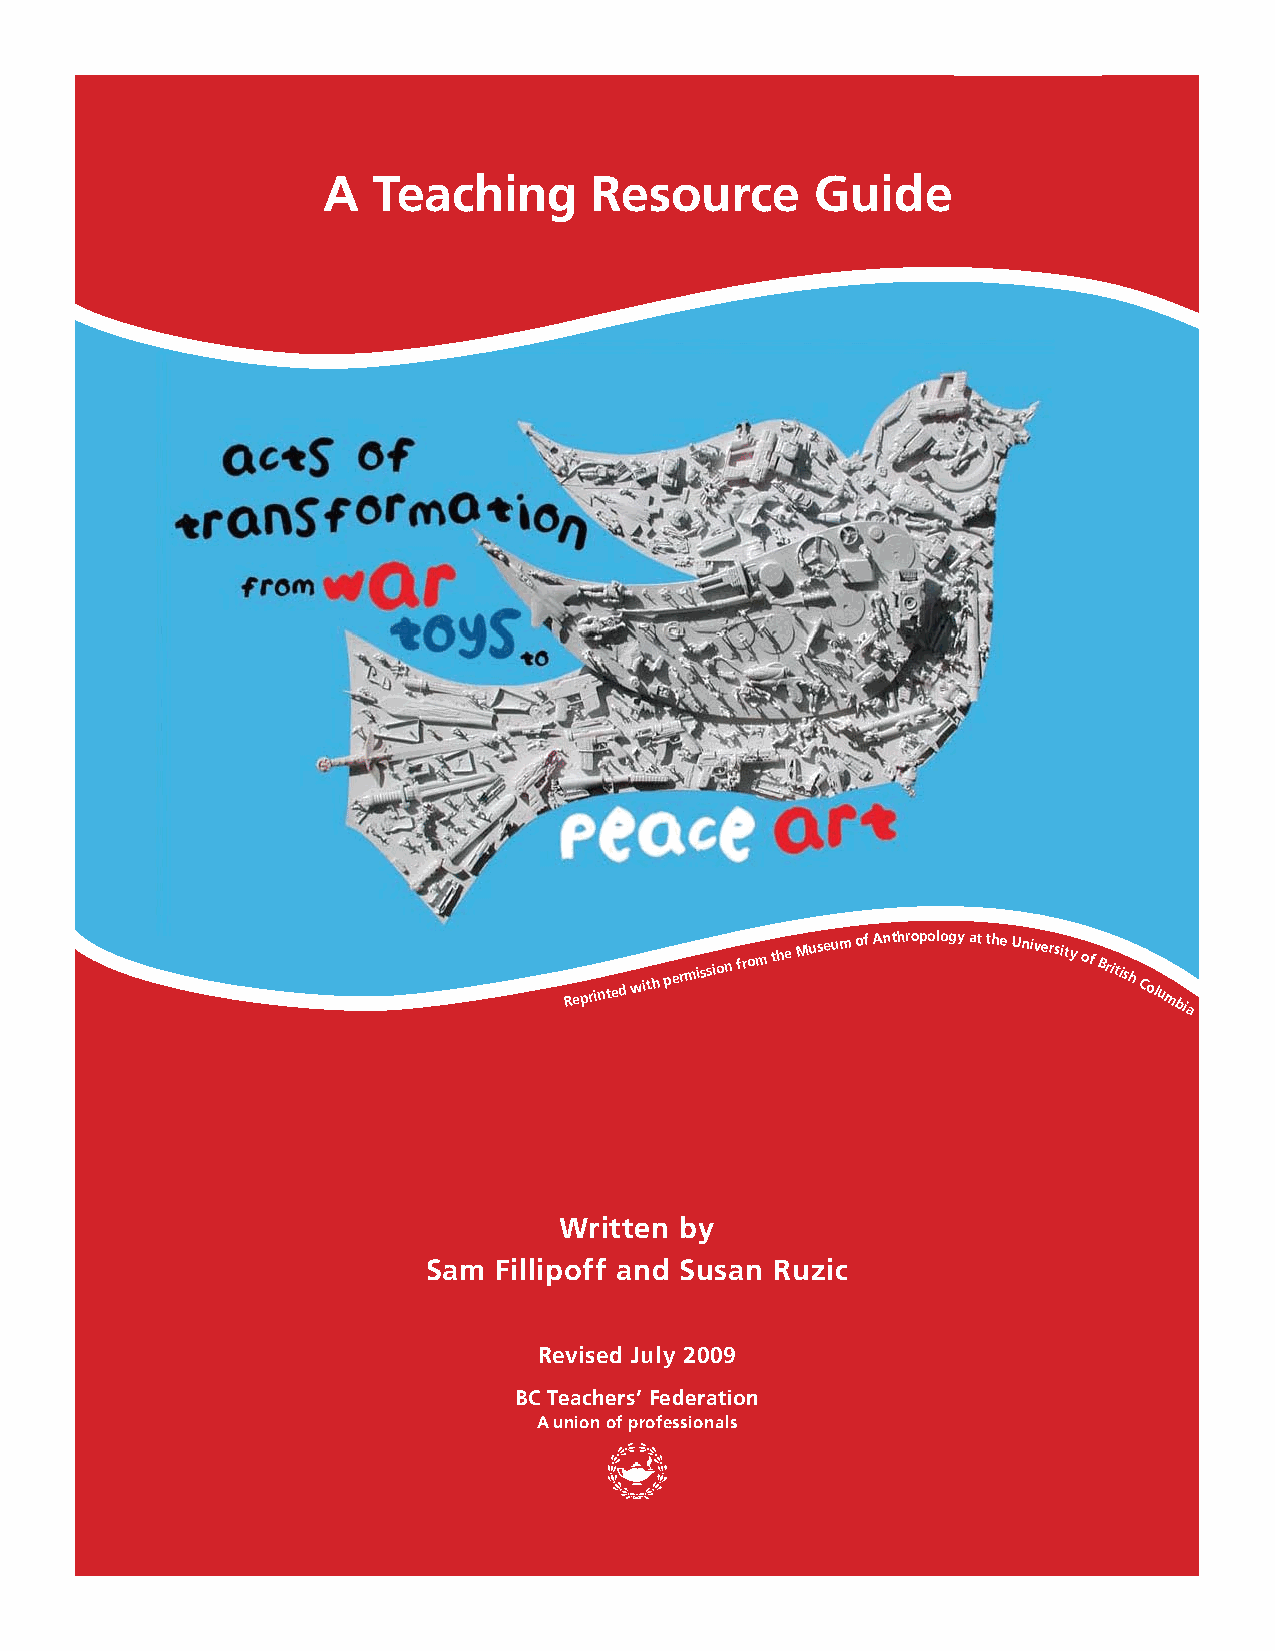
A   Teaching      Resource       Guide
 Reprinted with
 permission
 from the
 Museum of Anthropology at the University
 of
 British
 Columbia
 Written by
 Sam  Fillipoff and Susan Ruzic
 Revised July 2009
 BC Teachers’ Federation
 A union of professionals